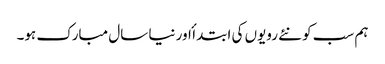
ہم سب کو نئے رویوں کی ابتدا ٔ اور نیا سال مبارک ہو۔